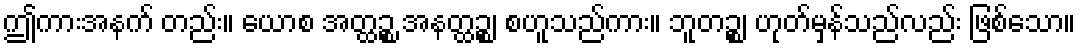
ဤကားအနက် တည်း။ ယောစ အတ္ထဉ္စ အနတ္ထဉ္စ၊ စဟူသည်ကား။ ဘူတဉ္စ၊ ဟုတ်မှန်သည်လည်း ဖြစ်သော။